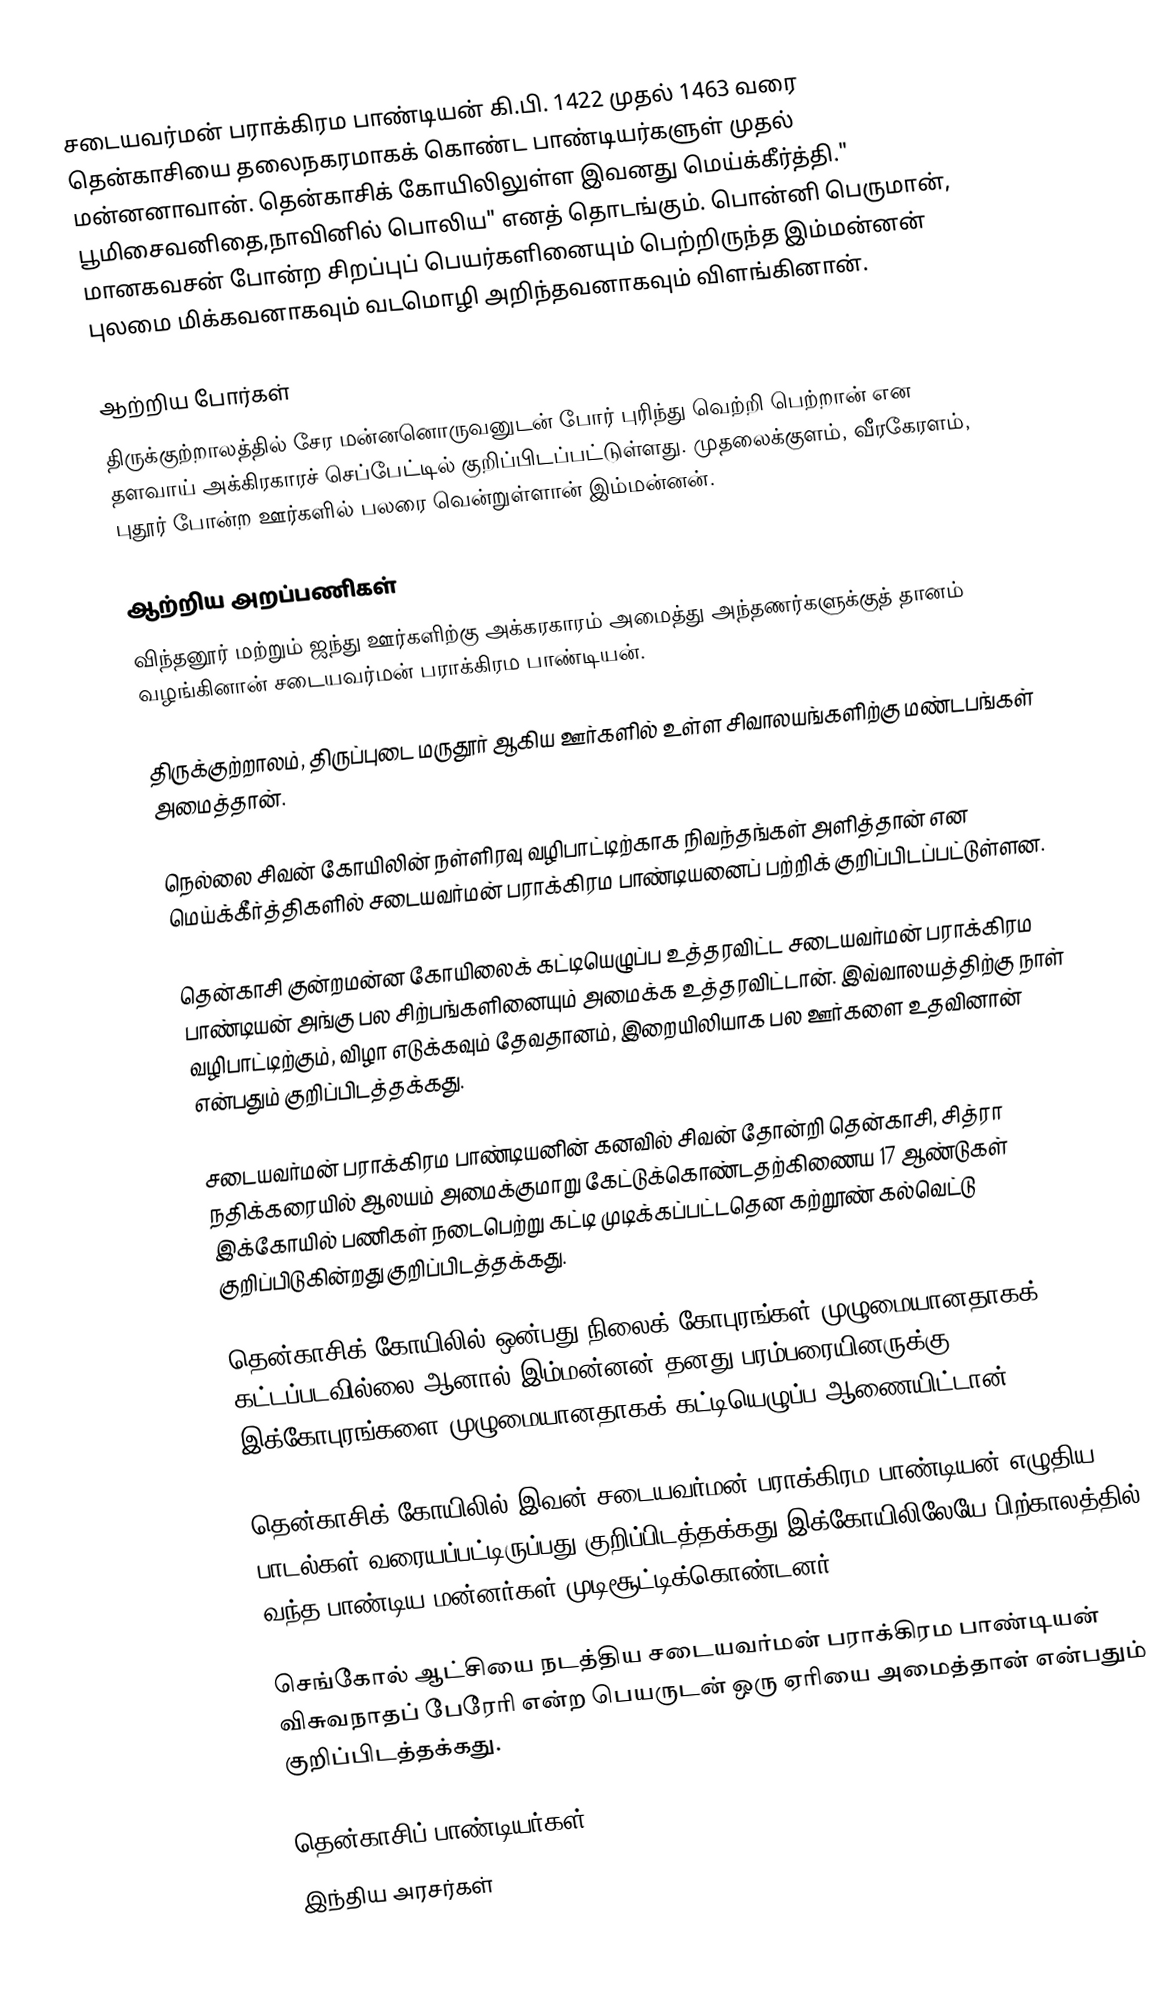
சடையவர்மன் பராக்கிரம பாண்டியன் கி.பி. 1422 முதல் 1463 வரை தென்காசியை தலைநகரமாகக் கொண்ட பாண்டியர்களுள் முதல் மன்னனாவான். தென்காசிக் கோயிலிலுள்ள இவனது மெய்க்கீர்த்தி." பூமிசைவனிதை,நாவினில் பொலிய" எனத் தொடங்கும். பொன்னி பெருமான், மானகவசன் போன்ற சிறப்புப் பெயர்களினையும் பெற்றிருந்த இம்மன்னன் புலமை மிக்கவனாகவும் வடமொழி அறிந்தவனாகவும் விளங்கினான்.

ஆற்றிய போர்கள்
திருக்குற்றாலத்தில் சேர மன்னனொருவனுடன் போர் புரிந்து வெற்றி பெற்றான் என தளவாய் அக்கிரகாரச் செப்பேட்டில் குறிப்பிடப்பட்டுள்ளது. முதலைக்குளம், வீரகேரளம், புதூர் போன்ற ஊர்களில் பலரை வென்றுள்ளான் இம்மன்னன்.

ஆற்றிய அறப்பணிகள்
 விந்தனூர் மற்றும் ஜந்து ஊர்களிற்கு அக்கரகாரம் அமைத்து அந்தணர்களுக்குத் தானம் வழங்கினான் சடையவர்மன் பராக்கிரம பாண்டியன்.

 திருக்குற்றாலம், திருப்புடை மருதூர் ஆகிய ஊர்களில் உள்ள சிவாலயங்களிற்கு மண்டபங்கள் அமைத்தான்.

 நெல்லை சிவன் கோயிலின் நள்ளிரவு வழிபாட்டிற்காக நிவந்தங்கள் அளித்தான் என மெய்க்கீர்த்திகளில் சடையவர்மன் பராக்கிரம பாண்டியனைப் பற்றிக் குறிப்பிடப்பட்டுள்ளன.

 தென்காசி குன்றமன்ன கோயிலைக் கட்டியெழுப்ப உத்தரவிட்ட சடையவர்மன் பராக்கிரம பாண்டியன் அங்கு பல சிற்பங்களினையும் அமைக்க உத்தரவிட்டான். இவ்வாலயத்திற்கு நாள் வழிபாட்டிற்கும், விழா எடுக்கவும் தேவதானம், இறையிலியாக பல ஊர்களை உதவினான் என்பதும் குறிப்பிடத்தக்கது.

 சடையவர்மன் பராக்கிரம பாண்டியனின் கனவில் சிவன் தோன்றி தென்காசி, சித்ரா நதிக்கரையில் ஆலயம் அமைக்குமாறு கேட்டுக்கொண்டதற்கிணைய 17 ஆண்டுகள் இக்கோயில் பணிகள் நடைபெற்று கட்டி முடிக்கப்பட்டதென கற்றூண் கல்வெட்டு குறிப்பிடுகின்றது குறிப்பிடத்தக்கது.

 தென்காசிக் கோயிலில் ஒன்பது நிலைக் கோபுரங்கள் முழுமையானதாகக் கட்டப்படவில்லை ஆனால் இம்மன்னன் தனது பரம்பரையினருக்கு இக்கோபுரங்களை முழுமையானதாகக் கட்டியெழுப்ப ஆணையிட்டான்.

 தென்காசிக் கோயிலில் இவன் சடையவர்மன் பராக்கிரம பாண்டியன் எழுதிய பாடல்கள் வரையப்பட்டிருப்பது குறிப்பிடத்தக்கது.இக்கோயிலிலேயே பிற்காலத்தில் வந்த பாண்டிய மன்னர்கள் முடிசூட்டிக்கொண்டனர்.

 செங்கோல் ஆட்சியை நடத்திய சடையவர்மன் பராக்கிரம பாண்டியன் விசுவநாதப் பேரேரி என்ற பெயருடன் ஒரு ஏரியை அமைத்தான் என்பதும் குறிப்பிடத்தக்கது.

தென்காசிப் பாண்டியர்கள்
இந்திய அரசர்கள்